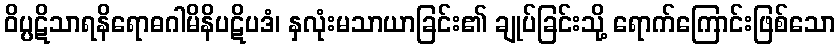
ဝိပ္ပဋိသာရနိရောဓဂါမိနိပဋိပဒံ၊ နှလုံးမသာယာခြင်း၏ ချုပ်ခြင်းသို့ ရောက်ကြောင်းဖြစ်သော